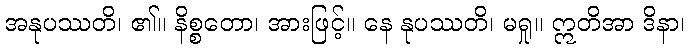
အနုပဿတိ၊ ၏။ နိစ္စတော၊ အားဖြင့်။ နေ နုပဿတိ၊ မရှု။ ဣတိအာ ဒိနာ၊